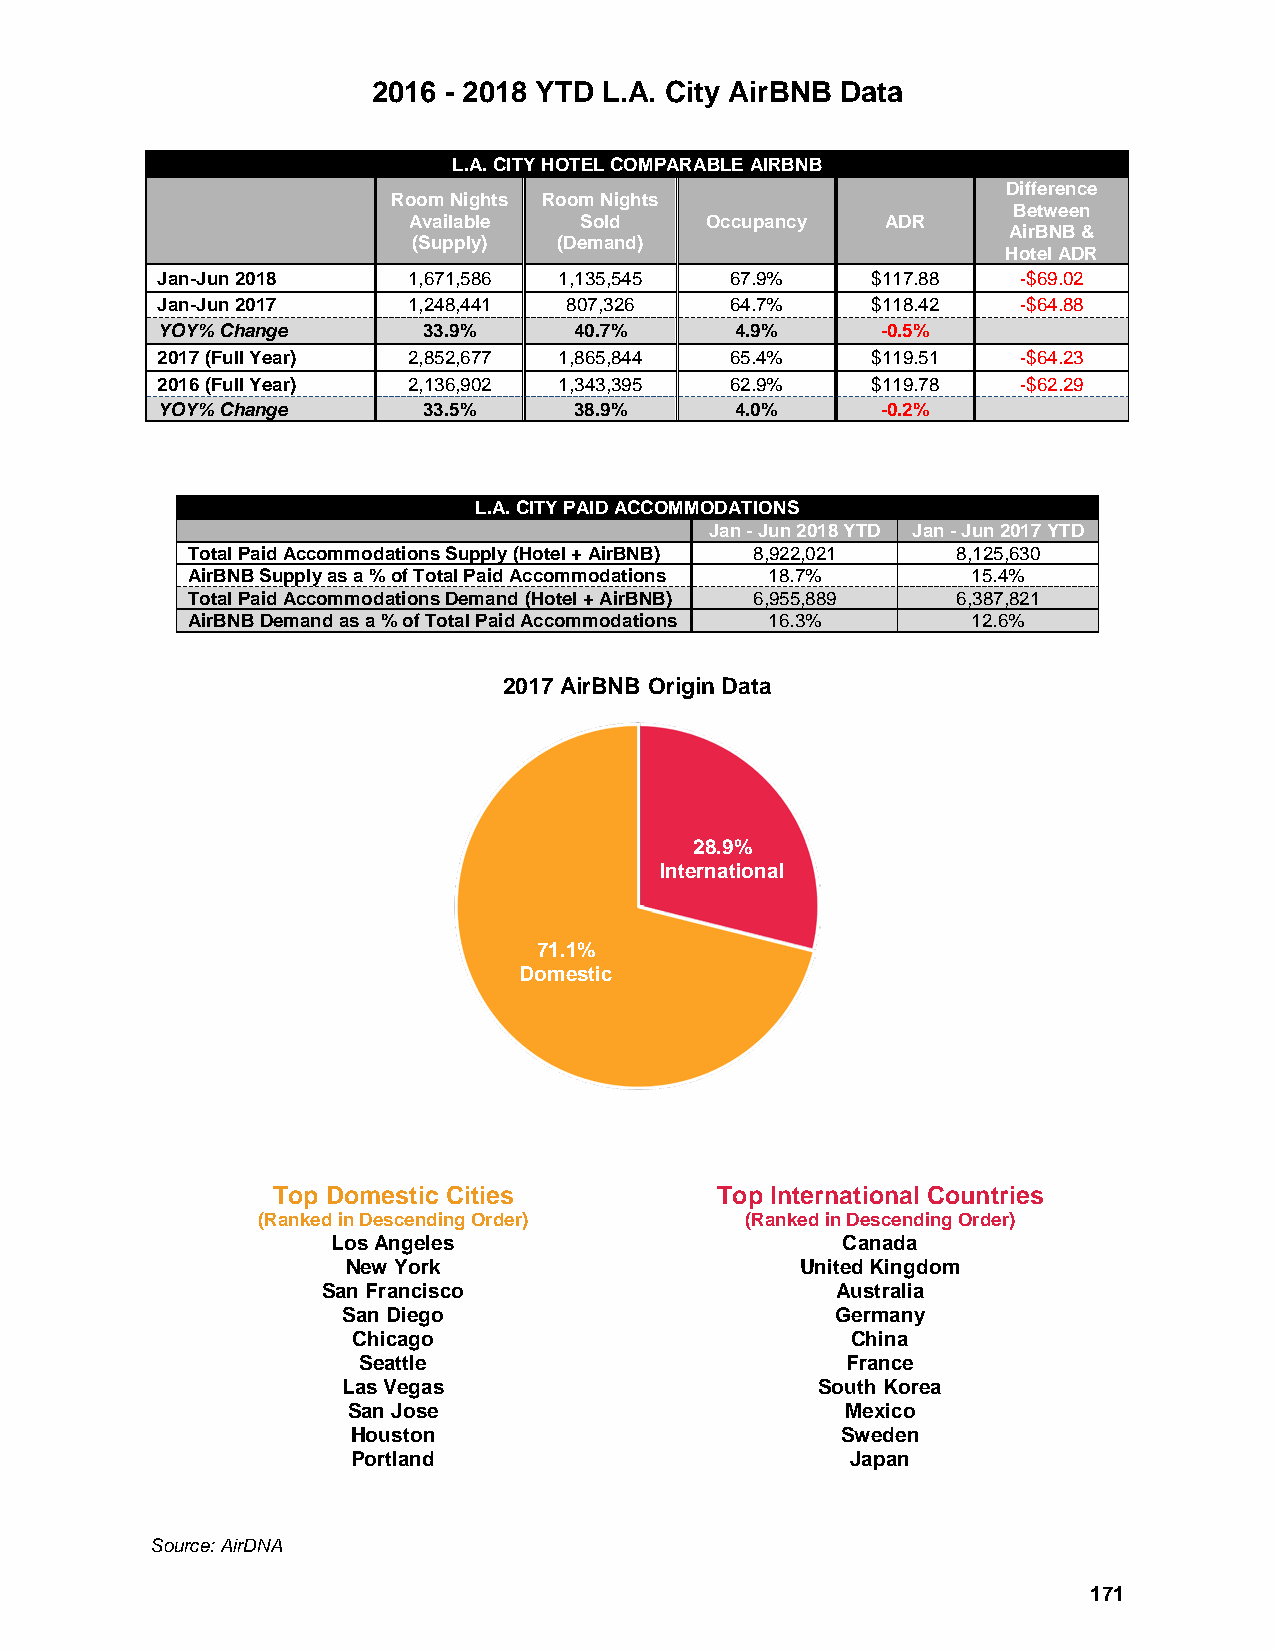
2016 - 2018 YTD L.A. City AirBNB Data
 L.A. CITY HOTEL COMPARABLE AIRBNB
 Difference
 Room Nights Room Nights
 Between
 Available  Sold     Occupancy   ADR
 AirBNB &
 (Supply)  (Demand)
 Hotel ADR
 Jan-Jun 2018     1,671,586 1,135,545  67.9%     $117.88   -$69.02
 Jan-Jun 2017     1,248,441  807,326   64.7%     $118.42   -$64.88
 YOY% Change       33.9%     40.7%      4.9%     -0.5%
 2017 (Full Year) 2,852,677 1,865,844  65.4%     $119.51   -$64.23
 2016 (Full Year) 2,136,902 1,343,395  62.9%     $119.78   -$62.29
 YOY% Change       33.5%     38.9%      4.0%     -0.2%
 L.A. CITY PAID ACCOMMODATIONS
 Jan - Jun 2018 YTD Jan - Jun 2017 YTD
 Total Paid Accommodations Supply (Hotel + AirBNB) 8,922,021 8,125,630
 AirBNB Supply as a % of Total Paid Accommodations 18.7% 15.4%
 Total Paid Accommodations Demand (Hotel + AirBNB) 6,955,889 6,387,821
 AirBNB Demand as a % of Total Paid Accommodations 16.3% 12.6%
 2017 AirBNB Origin Data
 28.9%
 International
 71.1%
 Domestic
 Top Domestic Cities          Top International Countries
 (Ranked in Descending Order)    (Ranked in Descending Order)
 Los Angeles                       Canada
 New York                      United Kingdom
 San Francisco                     Australia
 San Diego                       Germany
 Chicago                          China
 Seattle                         France
 Las Vegas                      South Korea
 San Jose                         Mexico
 Houston                          Sweden
 Portland                         Japan
 Source: AirDNA
 171